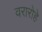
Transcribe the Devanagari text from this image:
वरारोहे